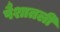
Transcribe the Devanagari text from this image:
पैशातली